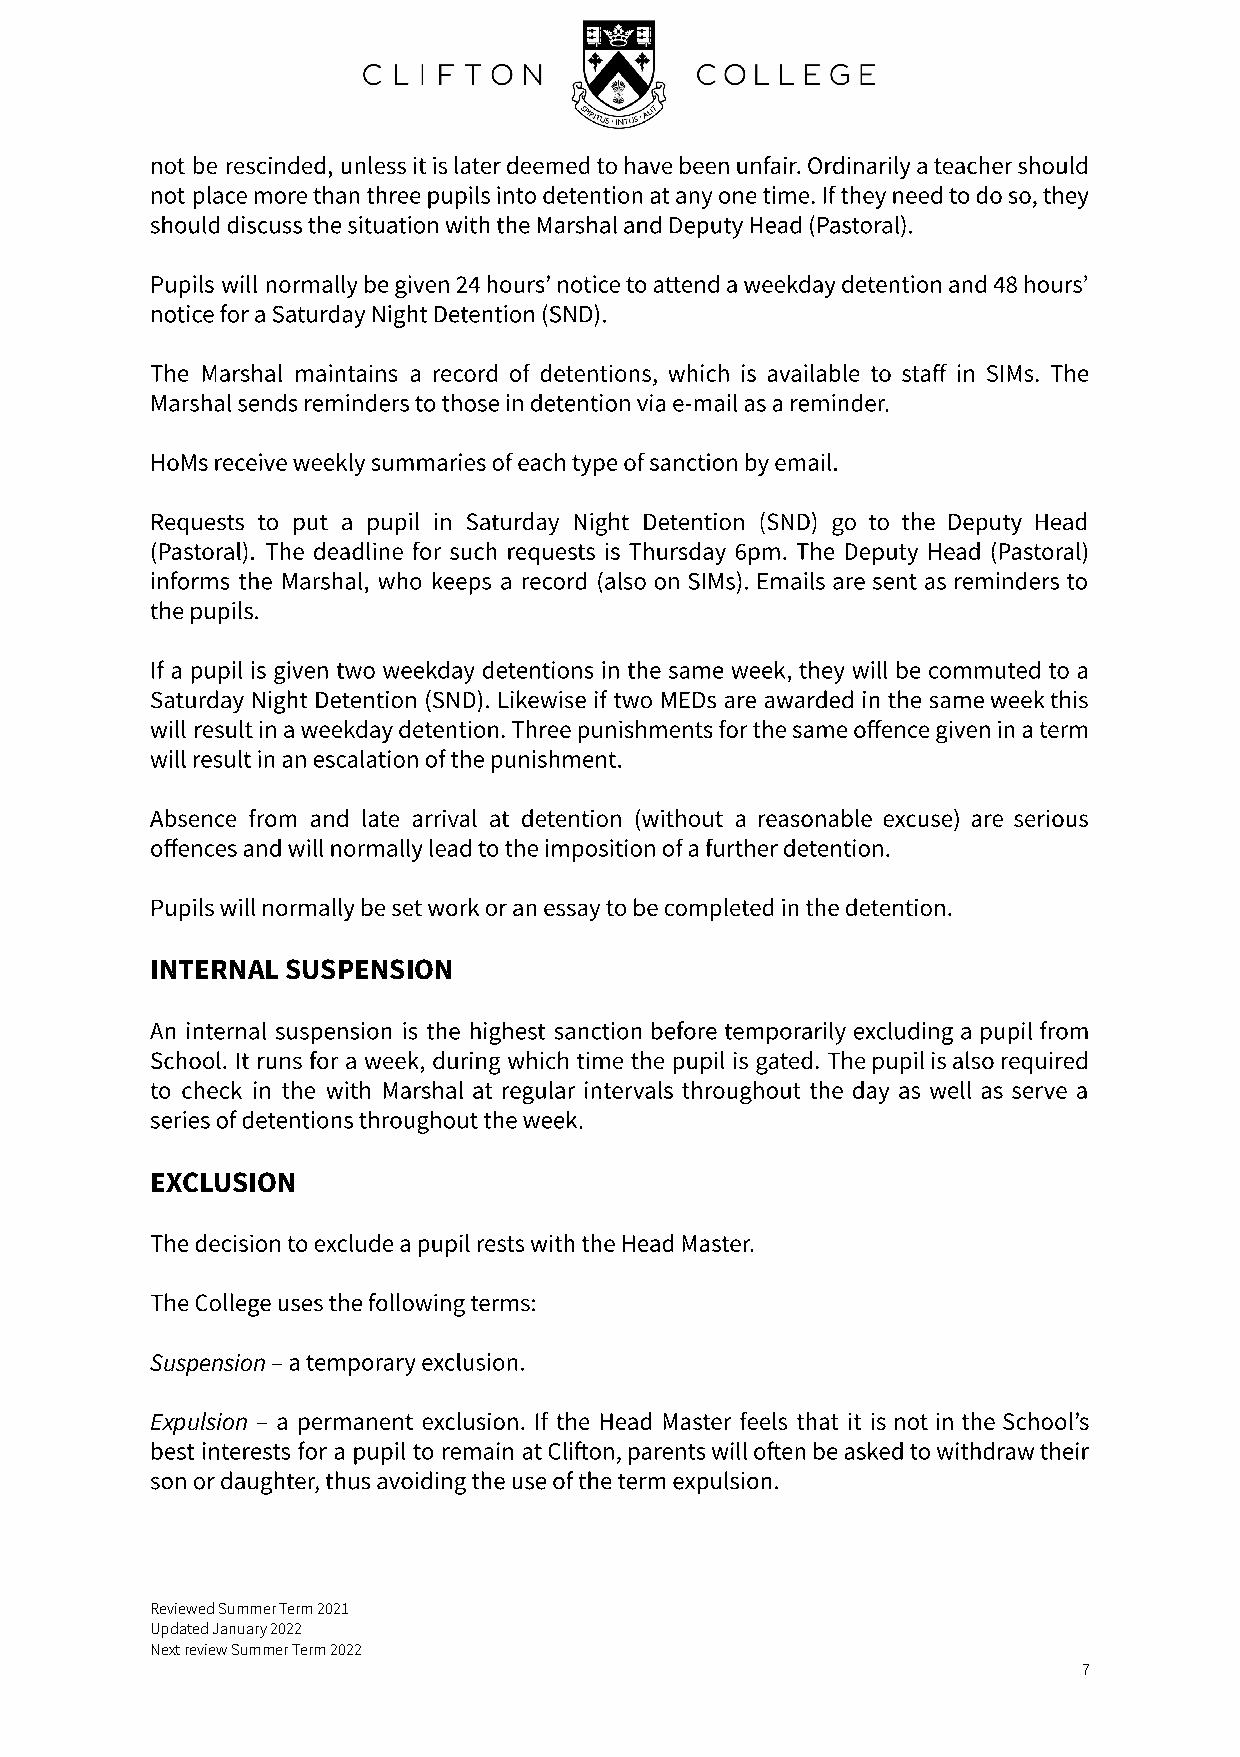
not be rescinded, unless it is later deemed to have been unfair. Ordinarily a teacher should
 not place more than three pupils into detention at any one time. If they need to do so, they
 should discuss the situation with the Marshal and Deputy Head (Pastoral).
 Pupils will normally be given 24 hours’ notice to attend a weekday detention and 48 hours’
 notice for a Saturday Night Detention (SND).
 The Marshal maintains a record of detentions, which is available to staff in SIMs. The
 Marshal sends reminders to those in detention via e-mail as a reminder.
 HoMs receive weekly summaries of each type of sanction by email.
 Requests to put a pupil in Saturday Night Detention (SND) go to the Deputy Head
 (Pastoral). The deadline for such requests is Thursday 6pm. The Deputy Head (Pastoral)
 informs the Marshal, who keeps a record (also on SIMs). Emails are sent as reminders to
 the pupils.
 If a pupil is given two weekday detentions in the same week, they will be commuted to a
 Saturday Night Detention (SND). Likewise if two MEDs are awarded in the same week this
 will result in a weekday detention. Three punishments for the same offence given in a term
 will result in an escalation of the punishment.
 Absence from and late arrival at detention (without a reasonable excuse) are serious
 offences and will normally lead to the imposition of a further detention.
 Pupils will normally be set work or an essay to be completed in the detention.
 INTERNAL SUSPENSION
 An internal suspension is the highest sanction before temporarily excluding a pupil from
 School. It runs for a week, during which time the pupil is gated. The pupil is also required
 to check in the with Marshal at regular intervals throughout the day as well as serve a
 series of detentions throughout the week.
 EXCLUSION
 The decision to exclude a pupil rests with the Head Master.
 The College uses the following terms:
 – a temporary exclusion.
 Suspension
 – a permanent exclusion. If the Head Master feels that it is not in the School’s
 Expulsion
 best interests for a pupil to remain at Clion, parents will oen be asked to withdraw their
 son or daughter, thus avoiding the use of the term expulsion.
 Reviewed Summer Term 2021
 Updated January 2022
 Next review Summer Term 2022
 7